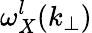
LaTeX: \omega_{X}^{l}(k_{\perp})